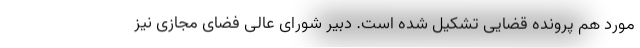
مورد هم پرونده قضایی تشکیل شده است. دبیر شورای عالی فضای مجازی نیز